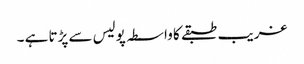
غریب طبقے کا واسطہ پولیس سے پڑتا ہے ۔